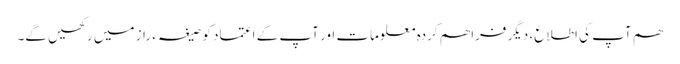
ھم آپ کی اطلاع، دیگر فراھم کردہ معلومات اور آپ کے اعتماد کو صیغہ ء راز میں رکھیں گے۔